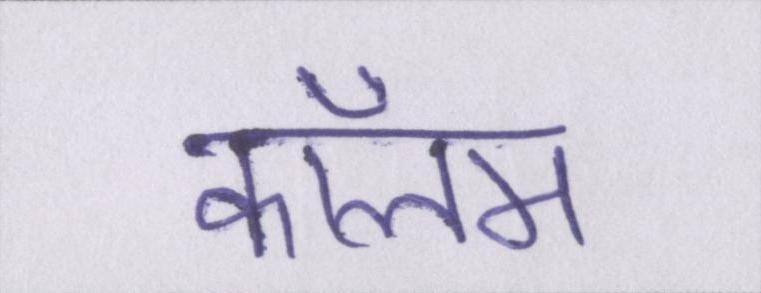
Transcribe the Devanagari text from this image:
कॉलम